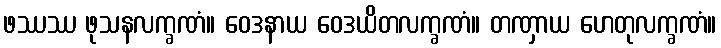
ဖဿဿ ဖုသနလက္ခဏံ။ ဝေဒနာယ ဝေဒယိတလက္ခဏံ။ တဏှာယ ဟေတုလက္ခဏံ။